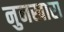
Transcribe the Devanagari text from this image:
नुनखारा